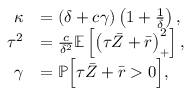
\begin{array} { r l } { \kappa } & { = \left( \delta + c \gamma \right) \left( 1 + \frac { 1 } { \delta } \right) , } \\ { \tau ^ { 2 } } & { = \frac { c } { \delta ^ { 2 } } \mathbb { E } \left[ \left( \tau \bar { Z } + \bar { r } \right) _ { + } ^ { 2 } \right] , } \\ { \gamma } & { = \mathbb { P } \Bigl [ \tau \bar { Z } + \bar { r } > 0 \Bigr ] , } \end{array}